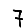
Digit: 7